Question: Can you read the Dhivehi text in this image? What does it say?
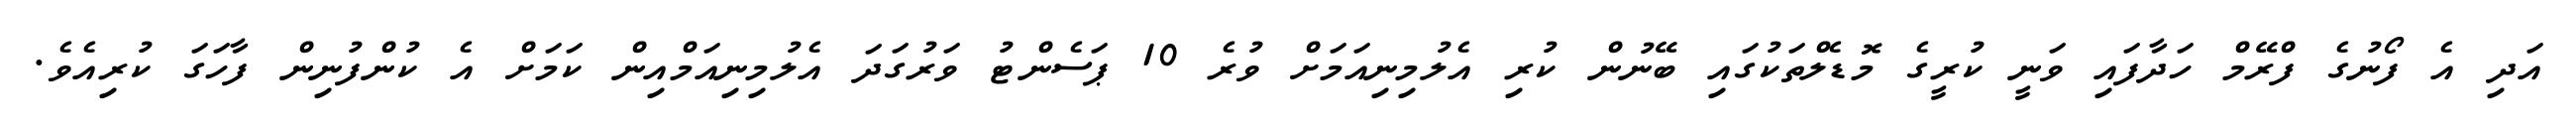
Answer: އަދި އެ ފޯނުގެ ފްރޭމް ހަދާފައި ވަނީ ކުރީގެ މޮޑެލްތަކުގައި ބޭނުން ކުރި އެލުމިނިއަމަށް ވުރެ 10 ޕަސެންޓު ވަރުގަދަ އެލުމިނިއަމްއިން ކަމަށް އެ ކުންފުނިން ފާހަގަ ކުރިއެވެ.